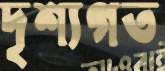
দৃশ্যগত